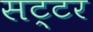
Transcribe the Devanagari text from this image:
सट्टर